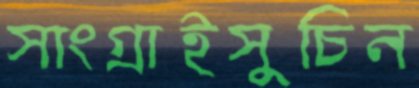
সাংগ্রাইসুচিন